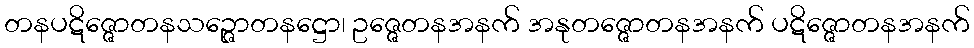
တနပဋိဇ္ဇောတနသဉ္ဇောတနဋ္ဌော၊ ဥဇ္ဇေတနအနက် အနုတဇ္ဇောတနအနက် ပဋိဇ္ဇောတနအနက်